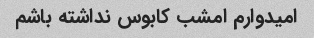
امیدوارم امشب کابوس نداشته باشم